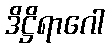
ဒိဋ္ဌိရာဂေါ